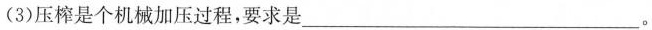
(3)压榨是个机械加压过程，要求是___。